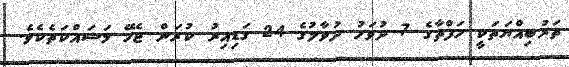
ތަރުބިއްޔަތަކީ ހަފްތާގެ 7 ދުވަހު ދުވާލުގެ 24 ގަޑިއިރު ކުރަން ޖެހޭ މަސައްކަތެކެވެ.